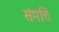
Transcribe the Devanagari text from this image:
संमत्ति